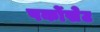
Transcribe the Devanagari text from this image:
पर्कोसेट